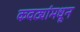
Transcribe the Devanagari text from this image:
कवट्यांमधून